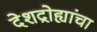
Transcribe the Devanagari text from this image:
देशद्रोह्यांचा